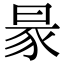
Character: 𧰮